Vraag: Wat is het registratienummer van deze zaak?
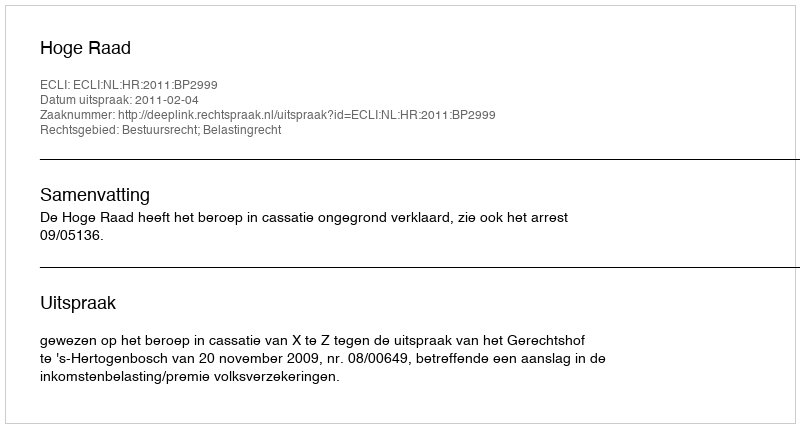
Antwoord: http://deeplink.rechtspraak.nl/uitspraak?id=ECLI:NL:HR:2011:BP2999